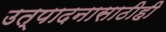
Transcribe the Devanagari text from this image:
उत्पादनासाठीही